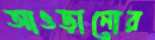
আওড়ানোর